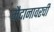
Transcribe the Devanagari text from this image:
मैदानावरची